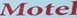
Motel